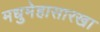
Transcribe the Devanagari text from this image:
मधुमेहासारखा